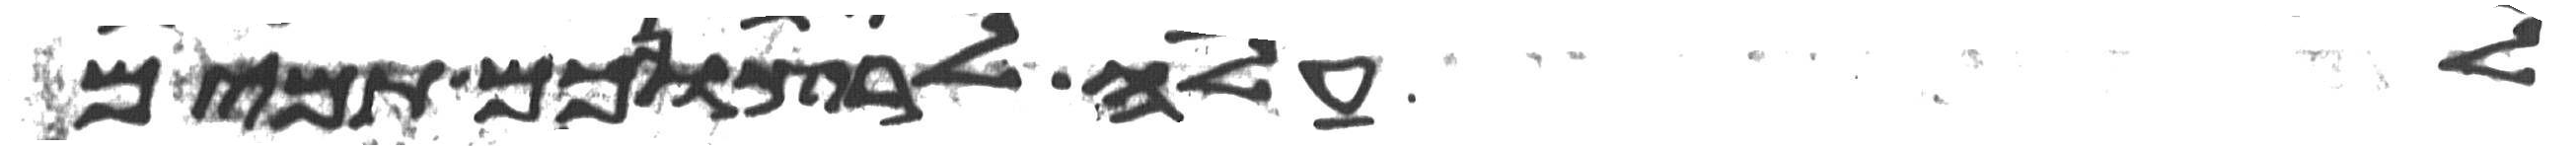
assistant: לעלה לרצונכם תמים